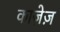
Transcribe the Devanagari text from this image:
काजे़ज़